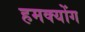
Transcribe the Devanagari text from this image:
हमक्योंग